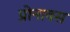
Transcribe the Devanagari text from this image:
प्रोनावस